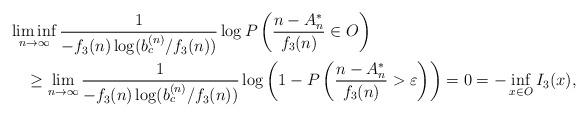
LaTeX: \begin{align*}&\liminf_{n\to\infty}\frac{1}{-f_3(n)\log(b_c^{(n)}/f_3(n))}\log P\left(\frac{n-A_n^*}{f_3(n)}\in O\right)\\&\,\,\,\,\,\,\geq\lim_{n\to\infty}\frac{1}{-f_3(n)\log(b_c^{(n)}/f_3(n))}\log\left(1-P\left(\frac{n-A_n^*}{f_3(n)}>\varepsilon\right)\right)=0=-\inf_{x\in O}I_3(x),\end{align*}